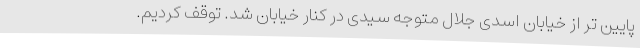
پایین تر از خیابان اسدی جلال متوجه سیدی در کنار خیابان شد. توقف کردیم.